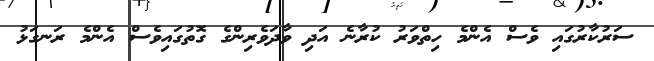
ސަރުކާރުގައި ވެސް އެންމެ ހިތްވަރު ކުރާނެ އަދި ވާދަވެރިންގެ ގޮތުގައިވެސް އެންމެ ރަނގަޅު